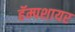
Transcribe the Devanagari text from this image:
हॅम्पशायर